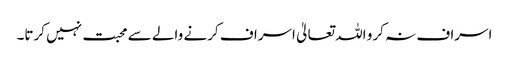
اسراف نہ کرو اللہ تعالیٰ اسراف کرنے والے سے محبت نہیں کرتا۔